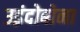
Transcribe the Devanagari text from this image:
उइंदोबोना